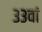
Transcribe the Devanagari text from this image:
३३वां